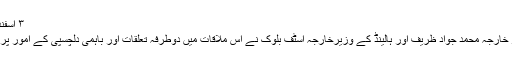
۳ اسفند ۱۳۹۸ ۲۱:۱۴
ایران کے وزیر خارجہ محمد جواد ظریف اور ہالینڈ کے وزیرخارجہ اسٹف بلوک نے اس ملاقات میں دوطرفہ تعلقات اور باہمی دلچسپی کے امور پر تبادلہ خیال کیا۔